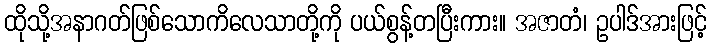
ထိုသို့အနာဂတ်ဖြစ်သောကိလေသာတို့ကို ပယ်စွန့်တပြီးကား။ အဇာတံ၊ ဥပါဒ်အားဖြင့်